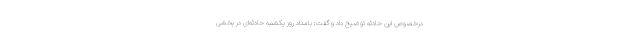
درخصوص این حادثه توضیح داد و گفت: بامداد روز یکشنبه حادثه‌ای در بخشی